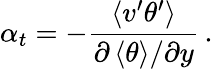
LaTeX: \alpha_{t}=-\frac{\left<v^{\prime}\theta^{\prime}\right>}{{\partial\left<\theta\right>}/{\partial y}}\, .